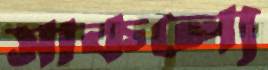
সাকল্যে